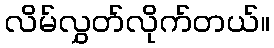
လိမ်လွှတ်လိုက်တယ်။